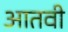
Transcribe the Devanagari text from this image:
आतवी